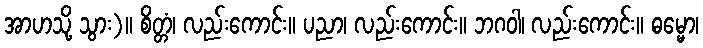
အာဟသို့ သွား)။ စိတ္တံ၊ လည်းကောင်း။ ပညာ၊ လည်းကောင်း။ ဘဂဝါ၊ လည်းကောင်း။ ဓမ္မော၊